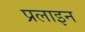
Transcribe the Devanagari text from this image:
प्रलाइन